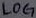
Text: LOG